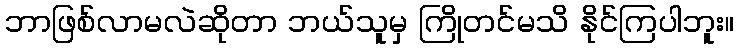
ဘာဖြစ်လာမလဲဆိုတာ ဘယ်သူမှ ကြိုတင်မသိ နိုင်ကြပါဘူး။